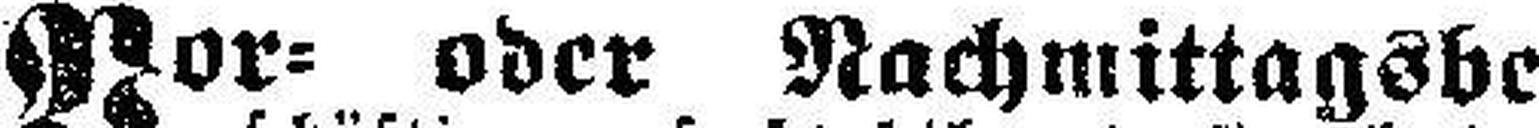
Vor= oder Nachmittagsbe¬